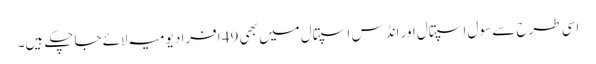
اسی طرح سے سول اسپتال اور انڈس اسپتال میں بھی 49 افراد یومیہ لائے جاچکے ہیں۔